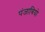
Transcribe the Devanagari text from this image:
पंजाबियो